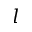
l